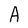
Character: A